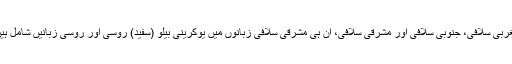
مغربی سلافی، جنوبی سلافی اور مشرقی سلافی، ان ہی مشرقی سلافی زبانوں میں یوکرینی بیلو (سفید) روسی اور روسی زبانیں شامل ہیں۔